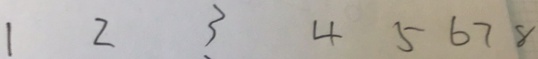
1 2 3 4 5 6 7 8